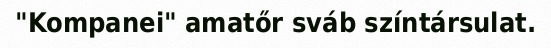
"Kompanei" amatőr sváb színtársulat.